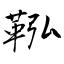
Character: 鞃